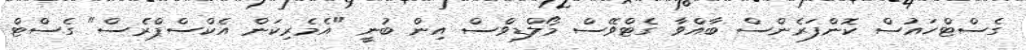
ގެސްޓްހައުސް ކޮންފަރެންސް ބާއްވާ ގެޓްވޭސް މޯލްޑިވްސް އިން ބުނީ "އެމެރިކަން އެކްސްޕްރެސް" ގެސްޓް